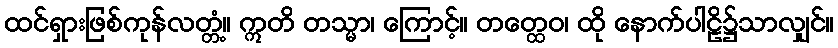
ထင်ရှားဖြစ်ကုန်လတ္တံ့။ ဣတိ တသ္မာ၊ ကြောင့်။ တတ္ထေဝ၊ ထို နောက်ပါဠိ၌သာလျှင်။